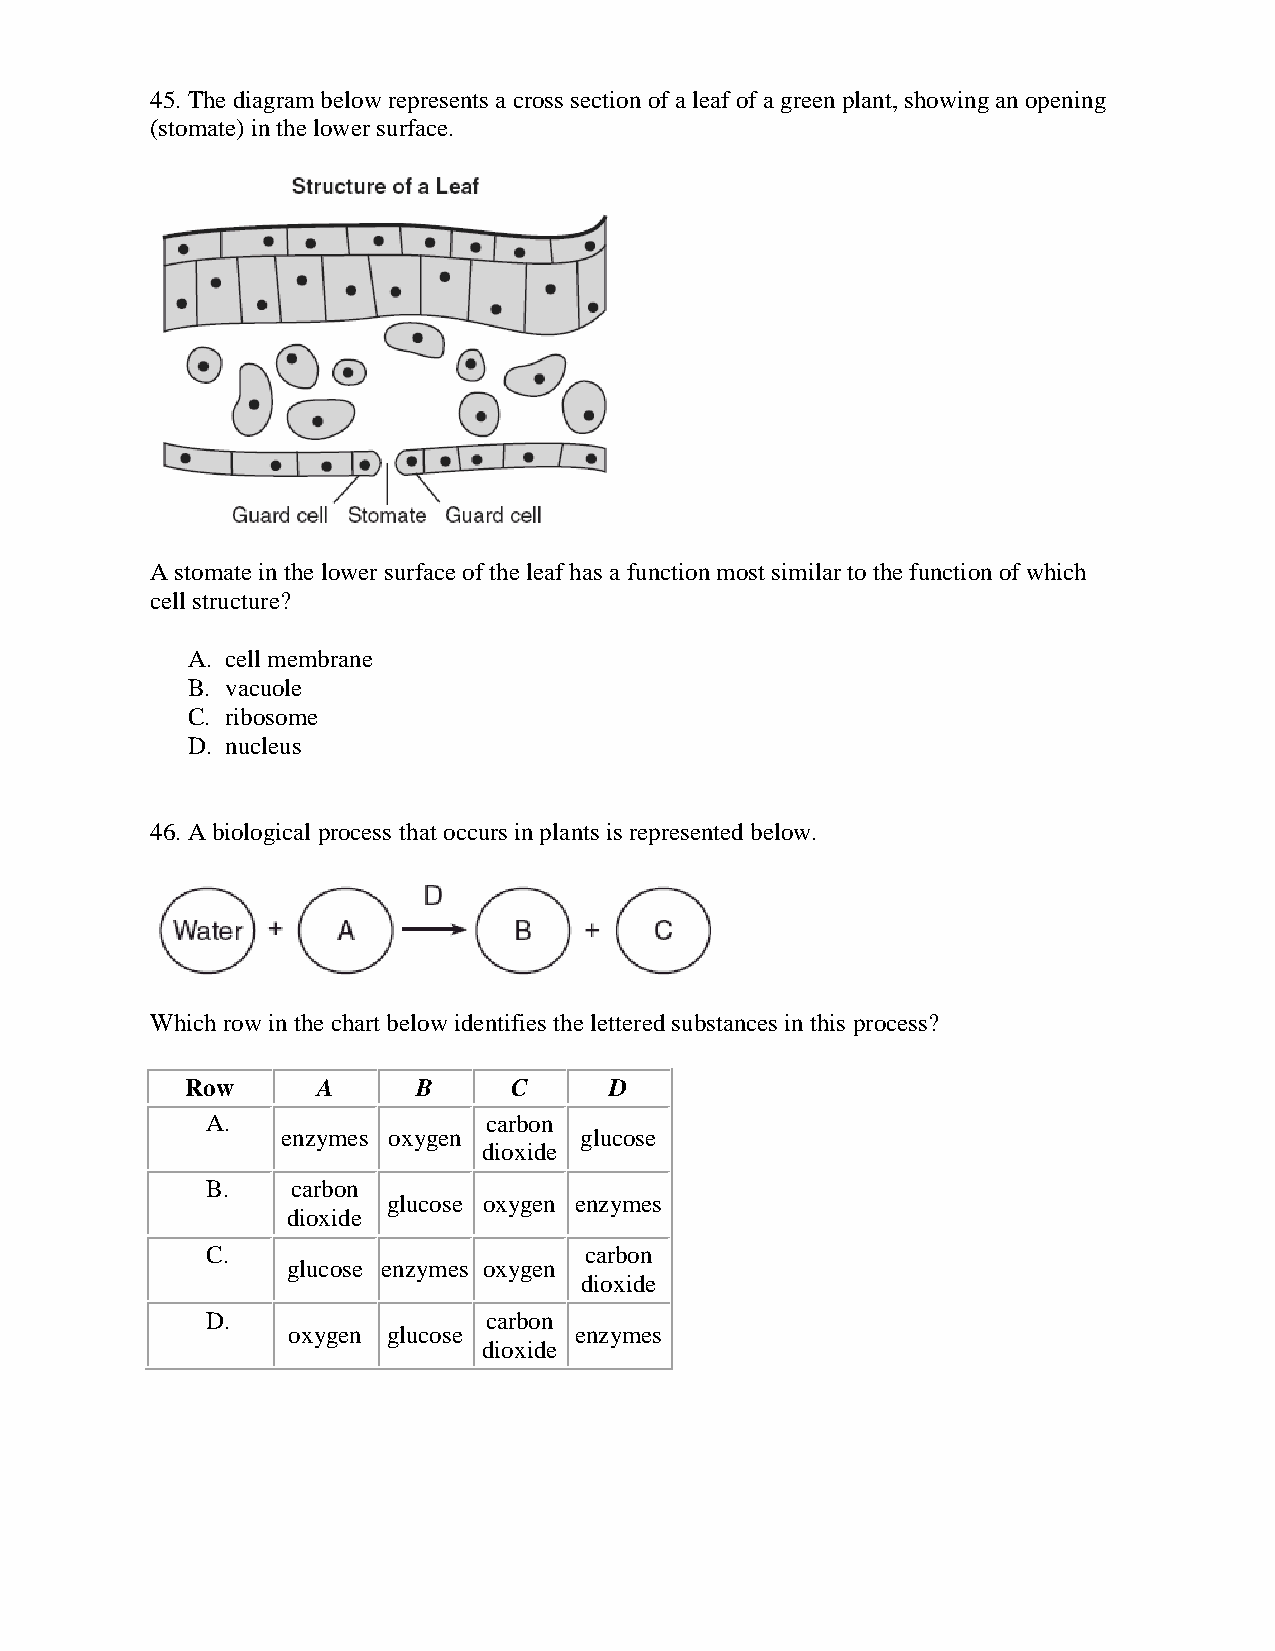
45. The diagram below represents a cross section of a leaf of a green plant, showing an opening
 (stomate) in the lower surface.
 A stomate in the lower surface of the leaf has a function most similar to the function of which
 cell structure?
 A. cell membrane
 B. vacuole
 C. ribosome
 D. nucleus
 46. A biological process that occurs in plants is represented below.
 Which row in the chart below identifies the lettered substances in this process?
 Row      A      B     C     D
 A.                carbon
 enzymes oxygen     glucose
 dioxide
 B.   carbon
 glucose oxygen enzymes
 dioxide
 C.                       carbon
 glucose enzymes oxygen
 dioxide
 D.                carbon
 oxygen glucose     enzymes
 dioxide